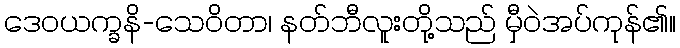
ဒေဝယက္ခနိ-သေဝိတာ၊ နတ်ဘီလူးတို့သည် မှီဝဲအပ်ကုန်၏။